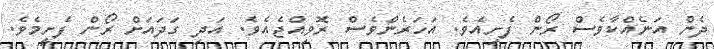
ދެން އަނެއްކާވެސް ރޯން ފެށިއެވެ. އަހަރެންވެސް ރޮވިއްޖެއެވެ. އަދި ގަދައަށް ރޯން ފެށީމެވެ.